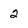
Character: 2